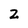
Character: 2